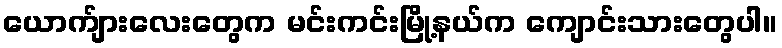
ယောက်ျားလေးတွေက မင်းကင်းမြို့နယ်က ကျောင်းသားတွေပါ။